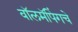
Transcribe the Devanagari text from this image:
वॉलमॅपिंगचे